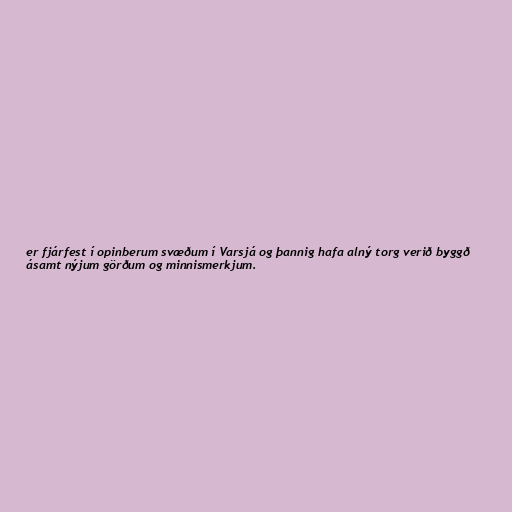
er fjárfest í opinberum svæðum í Varsjá og þannig hafa alný torg verið byggð
ásamt nýjum görðum og minnismerkjum.